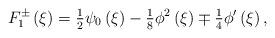
LaTeX: \begin{align*}F_{1}^{\pm }\left( \xi \right) ={\tfrac{1}{2}}\psi _{0}\left( \xi \right) -{\tfrac{1}{8}}\phi ^{2}\left( \xi \right) \mp {\tfrac{1}{4}}{\phi }^{\prime}\left( \xi \right) , \end{align*}